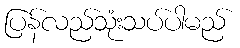
ပြန်လည်သုံးသပ်ပါမည်